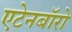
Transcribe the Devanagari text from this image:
एटेनबॉरो